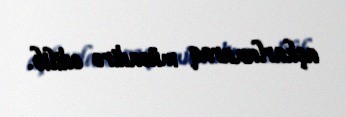
aşkarlanaraq müsadirə edilib.